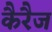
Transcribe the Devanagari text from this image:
कैरैज